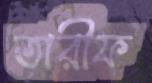
তারীফ